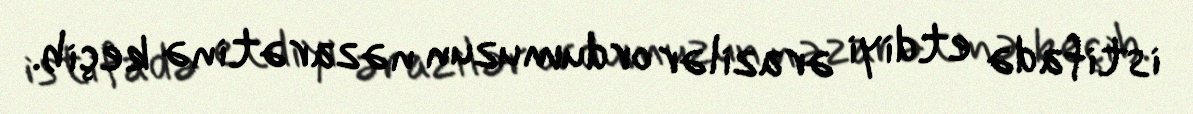
istifadə etdiyi ərazilər ordumuzun nəzarətinə keçib.